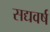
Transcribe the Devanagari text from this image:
सद्यवर्ष